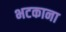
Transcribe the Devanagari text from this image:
भटकाना